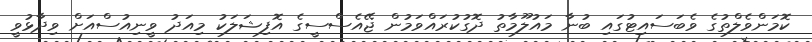
ކޮމަންވެލްތުގެ ވެބަސައިޓުގައި ބުނާ މައުލޫމާތު ދޮގުކުރައްވަމުން ޖޭއެސްސީގެ އޮފިޝަލަކު މިއަދު ވީނިއުސްއަށް ވިދާޅުވީ